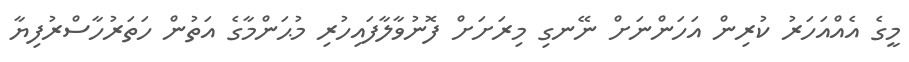
މީގެ އެއްއަހަރު ކުރިން އަހަންނަށް ނޭނގި މިރަށަށް ފޮނުވާލާފައިހުރި މުޙަންމާގެ އަތުން ހަތަރުހާސްރުފިޔާ